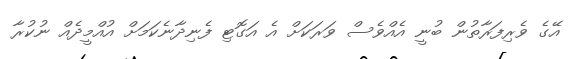
އޭގެ ވެރިފަރާތުން ބުނީ އެއްވެސް ވަރަކަށް އެ އަގޮޓި ފެނިދާނެކަމަށް އުއްމީދެއް ނުކުރާ